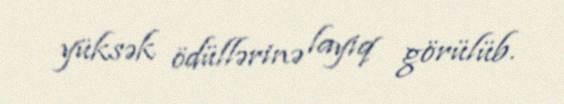
yüksək ödüllərinə layiq görülüb.